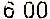
6.00